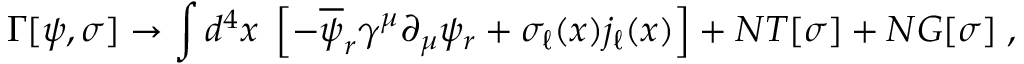
\Gamma [ \psi , \sigma ] \rightarrow \int d ^ { 4 } x \; \left[ - \overline { { { \psi } } } _ { r } \gamma ^ { \mu } \partial _ { \mu } \psi _ { r } + \sigma _ { \ell } ( x ) j _ { \ell } ( x ) \right] + N T [ \sigma ] + N G [ \sigma ] \; ,